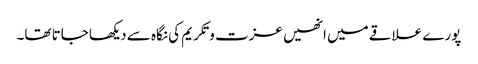
پورے علاقے میں انھیں عزت و تکریم کی نگاہ سے دیکھا جاتا تھا۔